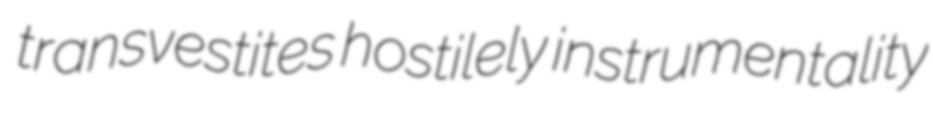
transvestites hostilely instrumentality